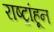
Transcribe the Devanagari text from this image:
राष्ट्रांहून